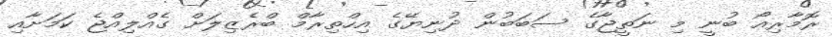
ރޮމާރިއޯ ބުނީ މި ނަތީޖާގެ ސަބަބުން ދުނިޔޭގެ އިހްތިރާމް ބްރެޒިލަށް ގެއްލިއްޖެ ކަމަށާއި